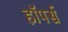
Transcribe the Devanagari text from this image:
हॉपर्स